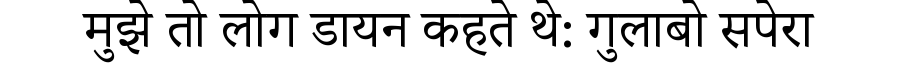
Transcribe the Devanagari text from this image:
मुझे तो लोग डायन कहते थे: गुलाबो सपेरा